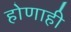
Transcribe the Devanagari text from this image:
होणाही